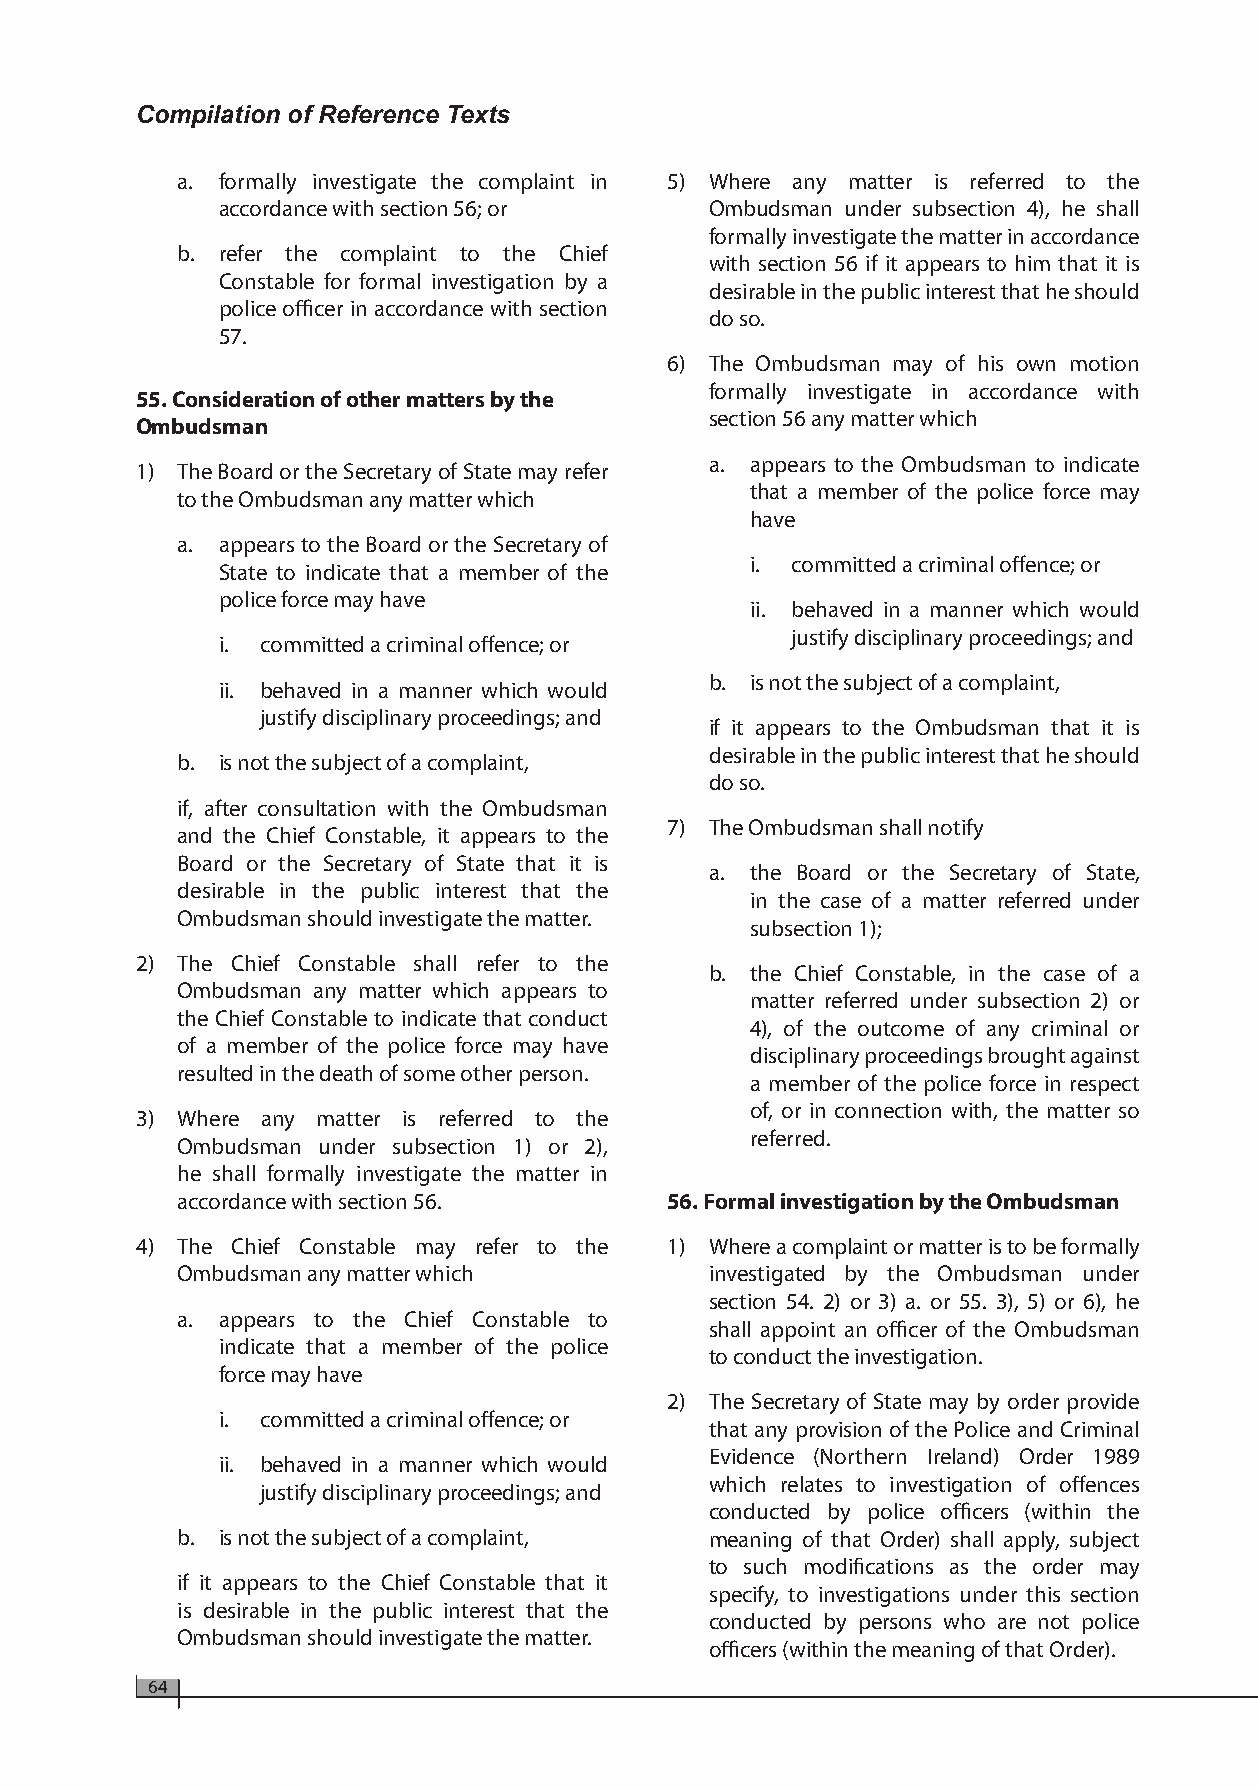
Compilation of Reference Texts
 a. formally investigate the complaint in 5) Where any matter is referred to the
 accordance with section 56; or   Ombudsman under subsection 4), he shall
 formally investigate the matter in accordance
 b. refer the complaint to the Chief
 with section 56 if it appears to him that it is
 Constable for formal investigation by a
 desirable in the public interest that he should
 police officer in accordance with section
 do so.
 57.
 6) The Ombudsman may of his own motion
 formally investigate in accordance with
 55. Consideration of other matters by the
 section 56 any matter which
 Ombudsman
 a. appears to the Ombudsman to indicate
 1) The Board or the Secretary of State may refer
 that a member of the police force may
 to the Ombudsman any matter which
 have
 a. appears to the Board or the Secretary of
 i. committed a criminal offence; or
 State to indicate that a member of the
 police force may have
 ii. behaved in a manner which would
 justify disciplinary proceedings; and
 i. committed a criminal offence; or
 b. is not the subject of a complaint,
 ii. behaved in a manner which would
 justify disciplinary proceedings; and
 if it appears to the Ombudsman that it is
 desirable in the public interest that he should
 b. is not the subject of a complaint,
 do so.
 if, after consultation with the Ombudsman
 7) The Ombudsman shall notify
 and the Chief Constable, it appears to the
 Board or the Secretary of State that it is
 a. the Board or the Secretary of State,
 desirable in the public interest that the
 in the case of a matter referred under
 Ombudsman should investigate the matter.
 subsection 1);
 2) The Chief Constable shall refer to the
 b. the Chief Constable, in the case of a
 Ombudsman any matter which appears to
 matter referred under subsection 2) or
 the Chief Constable to indicate that conduct
 4), of the outcome of any criminal or
 of a member of the police force may have
 disciplinary proceedings brought against
 resulted in the death of some other person.
 a member of the police force in respect
 of, or in connection with, the matter so
 3) Where any matter is referred to the
 referred.
 Ombudsman under subsection 1) or 2),
 he shall formally investigate the matter in
 accordance with section 56.     56. Formal investigation by the Ombudsman
 4) The Chief Constable may refer to the 1) Where a complaint or matter is to be formally
 Ombudsman any matter which         investigated by the Ombudsman under
 section 54. 2) or 3) a. or 55. 3), 5) or 6), he
 a. appears to the Chief Constable to
 shall appoint an officer of the Ombudsman
 indicate that a member of the police
 to conduct the investigation.
 force may have
 2) The Secretary of State may by order provide
 i. committed a criminal offence; or
 that any provision of the Police and Criminal
 Evidence (Northern Ireland) Order 1989
 ii. behaved in a manner which would
 which relates to investigation of offences
 justify disciplinary proceedings; and
 conducted by police officers (within the
 b. is not the subject of a complaint, meaning of that Order) shall apply, subject
 to such modifications as the order may
 if it appears to the Chief Constable that it
 specify, to investigations under this section
 is desirable in the public interest that the
 conducted by persons who are not police
 Ombudsman should investigate the matter.
 officers (within the meaning of that Order).
 64